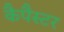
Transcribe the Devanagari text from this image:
कैपैस्टर